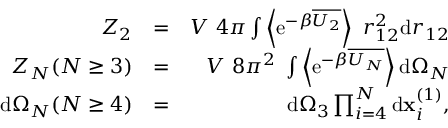
\begin{array} { r l r } { Z _ { 2 } } & { = } & { V ~ 4 \pi \int \left\langle \mathrm { e } ^ { - \beta \overline { { U _ { 2 } } } } \right\rangle ~ r _ { 1 2 } ^ { 2 } \mathrm { d } r _ { 1 2 } } \\ { Z _ { N } ( N \geq 3 ) } & { = } & { V ~ 8 \pi ^ { 2 } ~ \int \left\langle \mathrm { e } ^ { - \beta \overline { { U _ { N } } } } \right\rangle \mathrm { d } \Omega _ { N } } \\ { \mathrm { d } \Omega _ { N } ( N \geq 4 ) } & { = } & { \mathrm { d } \Omega _ { 3 } \prod _ { i = 4 } ^ { N } \mathrm { d } \mathbf { x } _ { i } ^ { ( 1 ) } , } \end{array}